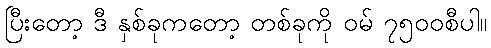
ပြီးတော့ ဒီ နှစ်ခုကတော့ တစ်ခုကို ဝမ် ၇၅၀၀စီပါ။